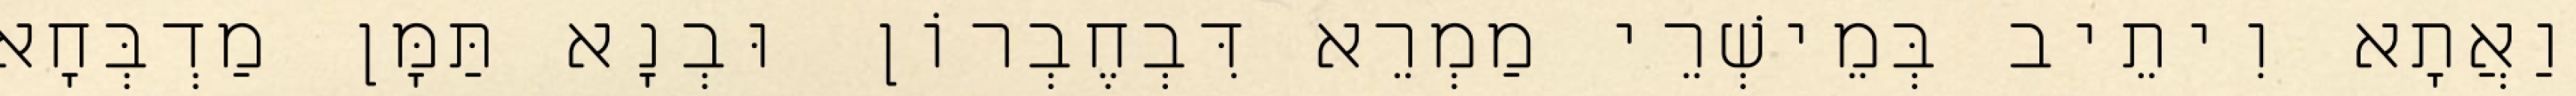
וַאֲתָא וִיתֵיב בְּמֵישְׁרֵי מַמְרֵא דִּבְחֶבְרוֹן וּבְנָא תַּמָּן מַדְבְּחָא